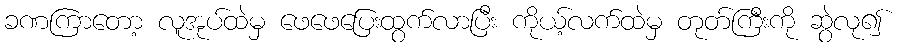
ခဏကြာတော့ လူအုပ်ထဲမှ ဖေဖေပြေးထွက်လာပြီး ကိုယ့်လက်ထဲမှ တုတ်ကြီးကို ဆွဲလု၍